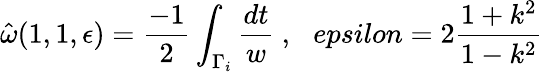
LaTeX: \hat{\omega}(1,1,\epsilon)=\frac{-1}{2}\int_{\Gamma_{i}}\frac{dt}{w}\ ,\ \ \, epsilon=2\frac{1+k^{2}}{1-k^{2}}